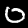
Label: 0